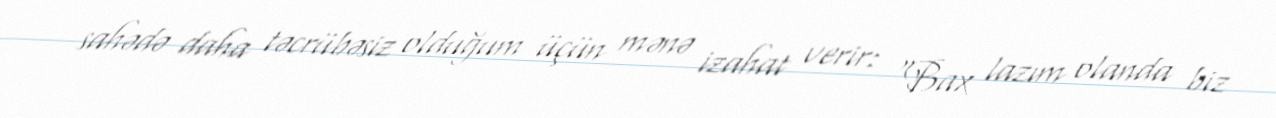
sahədə daha təcrübəsiz olduğum üçün mənə izahat verir: “Bax lazım olanda biz